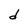
Character: d